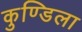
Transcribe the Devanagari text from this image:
कुण्डिला